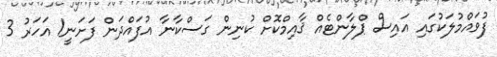
ފުވައްމުލަކުގައި އައިސް ޕްލާންޓެއް ޤާއިމްކޮށް ކުނިން ގަސްކާނާ އުފައްދަން ފަށަނީ1 އަހަރު 3